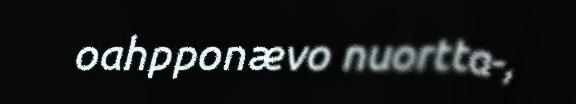
oahpponævo nuortta-,